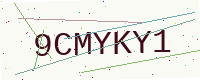
Text: 9CMYKY1